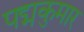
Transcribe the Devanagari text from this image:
पद्मकुमार